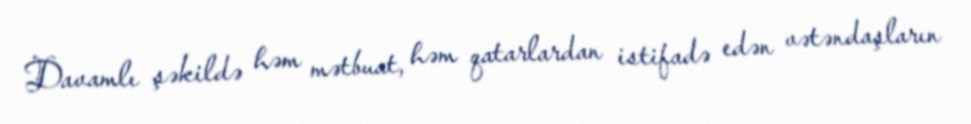
Davamlı şəkildə həm mətbuat, həm qatarlardan istifadə edən vətəndaşların